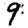
Digit: 9